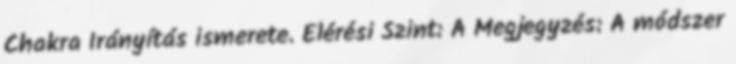
Chakra Irányítás ismerete. Elérési Szint: A Megjegyzés: A módszer